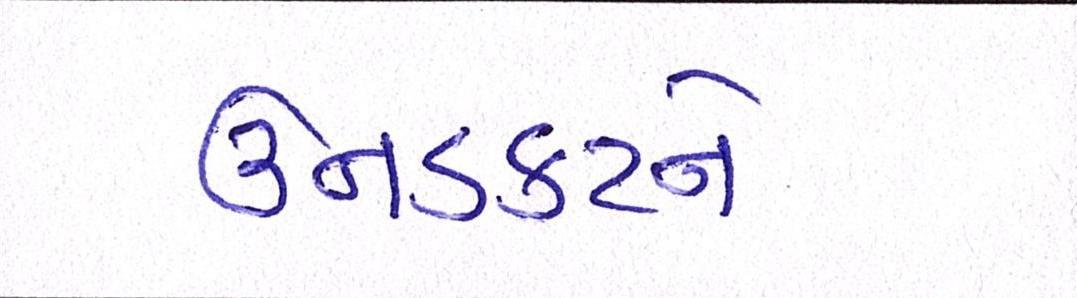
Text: ઉનડકટને